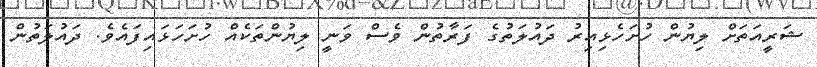
ޝަރީއަތަށް ލިޔުން ހުށަހެޅިއިރު ދައުލަތުގެ ފަރާތުން ވެސް ވަނީ ލިޔުންތަކެއް ހުށަހަޅައިފައެވެ. ދައުލަތުން